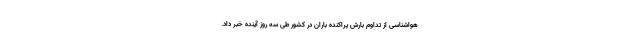
هواشناسی از تداوم بارش پراکنده باران در کشور طی سه روز آینده خبر داد.